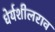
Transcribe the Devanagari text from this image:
धेर्यशीलराव